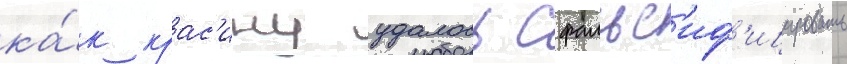
ка́к крас'ину удалось сфальс'иф'ицировать